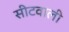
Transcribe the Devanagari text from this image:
सीटवाली